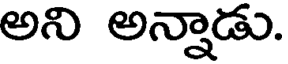
అని అన్నాడు.